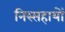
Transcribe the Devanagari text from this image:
निस्सहायों